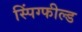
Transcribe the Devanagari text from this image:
स्पिंग्फील्ड